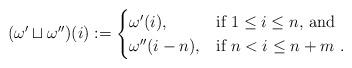
LaTeX: \begin{align*}(\omega' \sqcup \omega'')(i) :=\begin{cases}\omega'(i),&\hbox{if $1 \leq i \leq n$, and}\cr\omega''(i-n),&\hbox{if $n < i \leq n+m$\ .}\end{cases}\end{align*}